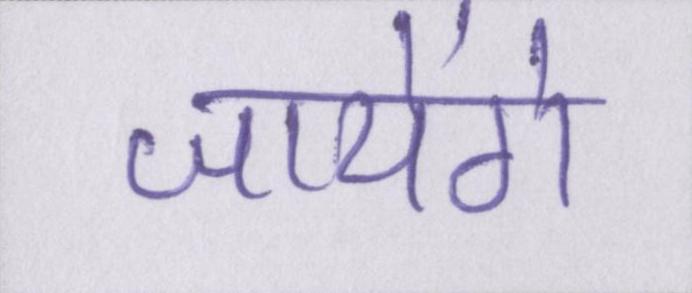
जायेंगे